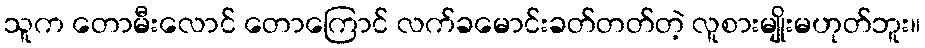
သူက တောမီးလောင် တောကြောင် လက်ခမောင်းခတ်တတ်တဲ့ လူစားမျိုးမဟုတ်ဘူး။